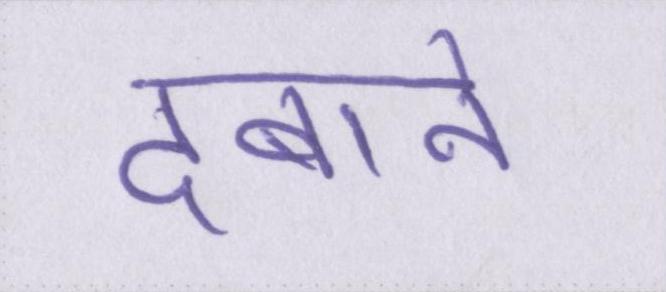
दबाने